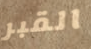
القبر